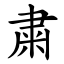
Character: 粛